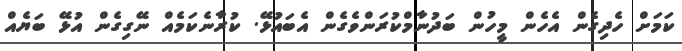
ކަމަށް ހެދިގެން އެހެން މީހުން ބަދުނާމްކުރަންވެގެން އެބައުޅޭ. ކުރާނެކަމެއް ނޭގިގެން އުޅޭ ބަޔެއް